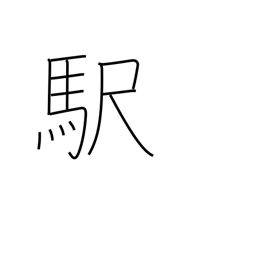
Meaning: station